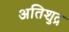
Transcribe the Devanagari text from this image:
अतिशुद्र